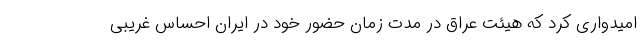
امیدواری کرد که هیئت عراق در مدت زمان حضور خود در ایران احساس غریبی